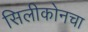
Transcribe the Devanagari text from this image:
सिलीकोनचा